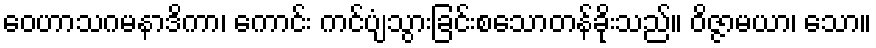
ဝေဟာသဂမနာဒိကာ၊ ကောင်း ကင်ပျံသွားခြင်းစသောတန်ခိုးသည်။ ဝိဇ္ဇာမယာ၊ သော။